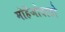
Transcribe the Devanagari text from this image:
मोहेंजोदाडो